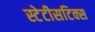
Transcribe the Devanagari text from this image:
स्टेटीसटिक्स